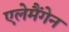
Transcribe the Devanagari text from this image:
एलेमैंगेन